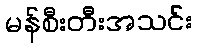
မန်စီးတီးအသင်း